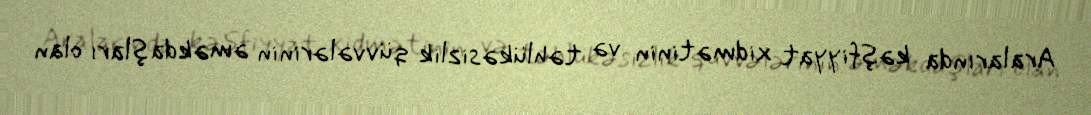
Aralarında kəşfiyyat xidmətinin və təhlükəsizlik qüvvələrinin əməkdaşları olan